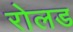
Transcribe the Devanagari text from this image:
रोलड